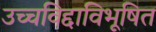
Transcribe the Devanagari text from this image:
उच्चविद्दाविभूषित